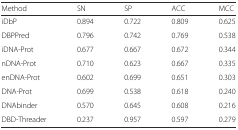
<table><thead><tr><td><b>Method</b></td><td><b>SN</b></td><td><b>SP</b></td><td><b>ACC</b></td><td><b>MCC</b></td></tr></thead><tbody><tr><td>iDbP</td><td>0.894</td><td>0.722</td><td>0.809</td><td>0.625</td></tr><tr><td>DBPPred</td><td>0.796</td><td>0.742</td><td>0.769</td><td>0.538</td></tr><tr><td>iDNA-Prot</td><td>0.677</td><td>0.667</td><td>0.672</td><td>0.344</td></tr><tr><td>nDNA-Prot</td><td>0.710</td><td>0.623</td><td>0.667</td><td>0.335</td></tr><tr><td>enDNA-Prot</td><td>0.602</td><td>0.699</td><td>0.651</td><td>0.303</td></tr><tr><td>DNA-Prot</td><td>0.699</td><td>0.538</td><td>0.618</td><td>0.240</td></tr><tr><td>DNAbinder</td><td>0.570</td><td>0.645</td><td>0.608</td><td>0.216</td></tr><tr><td>DBD-Threader</td><td>0.237</td><td>0.957</td><td>0.597</td><td>0.279</td></tr></tbody></table>